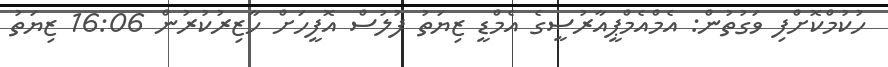
ހުކުމްކޮށްފި ވަގުތުން: އެމްއެމްޕީއާރުސީގެ އެމްޑީ ޒިޔަތު ފުލުސް އޮފީހަށް ހާޒިރުކުރުން 16:06 ޒިޔަތު